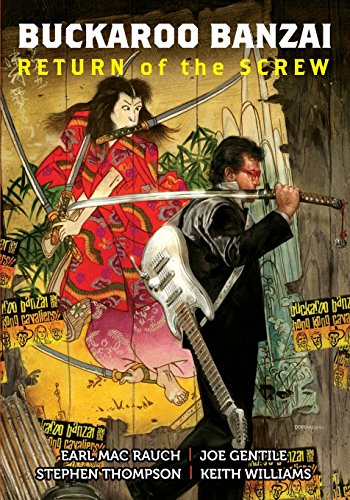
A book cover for BUCKAROO BANZAI: TPB vol.1: Return of the Screw; Mac Rauch; Comics & Graphic Novels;